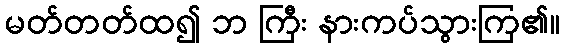
မတ်တတ်ထ၍ ဘ ကြီး နားကပ်သွားကြ၏။